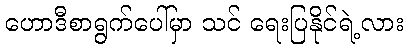
ဟောဒီစာရွက်ပေါ်မှာ သင် ရေးပြနိုင်ရဲ့လား